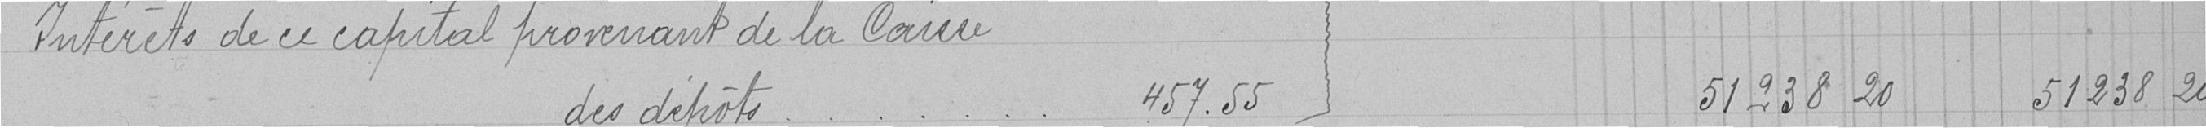
Intérêts de ce capital provenant de la Caisse des dépôts 457.55            51238 20    51238 20